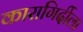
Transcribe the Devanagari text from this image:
कारागिर्दीला